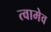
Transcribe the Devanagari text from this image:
त्वामेव